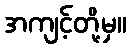
အကျင့်တို့မှ။